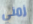
زمني